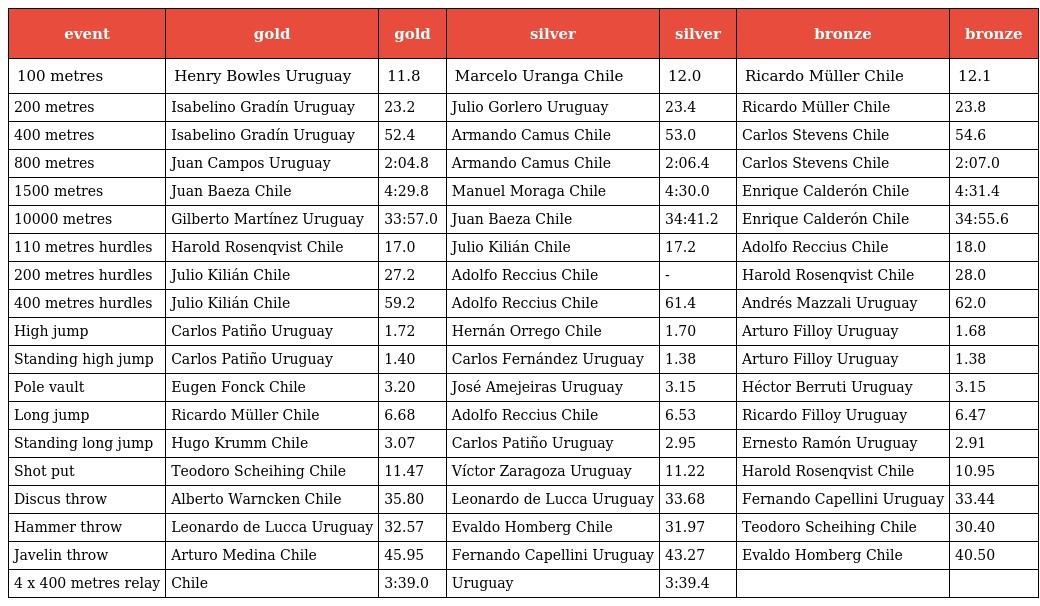
| event | gold | gold | silver | silver | bronze | bronze |
 | --- | --- | --- | --- | --- | --- | --- |
 | 100 metres | Henry Bowles Uruguay | 11.8 | Marcelo Uranga Chile | 12.0 | Ricardo Müller Chile | 12.1 |
 | 200 metres | Isabelino Gradín Uruguay | 23.2 | Julio Gorlero Uruguay | 23.4 | Ricardo Müller Chile | 23.8 |
 | 400 metres | Isabelino Gradín Uruguay | 52.4 | Armando Camus Chile | 53.0 | Carlos Stevens Chile | 54.6 |
 | 800 metres | Juan Campos Uruguay | 2:04.8 | Armando Camus Chile | 2:06.4 | Carlos Stevens Chile | 2:07.0 |
 | 1500 metres | Juan Baeza Chile | 4:29.8 | Manuel Moraga Chile | 4:30.0 | Enrique Calderón Chile | 4:31.4 |
 | 10000 metres | Gilberto Martínez Uruguay | 33:57.0 | Juan Baeza Chile | 34:41.2 | Enrique Calderón Chile | 34:55.6 |
 | 110 metres hurdles | Harold Rosenqvist Chile | 17.0 | Julio Kilián Chile | 17.2 | Adolfo Reccius Chile | 18.0 |
 | 200 metres hurdles | Julio Kilián Chile | 27.2 | Adolfo Reccius Chile | - | Harold Rosenqvist Chile | 28.0 |
 | 400 metres hurdles | Julio Kilián Chile | 59.2 | Adolfo Reccius Chile | 61.4 | Andrés Mazzali Uruguay | 62.0 |
 | High jump | Carlos Patiño Uruguay | 1.72 | Hernán Orrego Chile | 1.70 | Arturo Filloy Uruguay | 1.68 |
 | Standing high jump | Carlos Patiño Uruguay | 1.40 | Carlos Fernández Uruguay | 1.38 | Arturo Filloy Uruguay | 1.38 |
 | Pole vault | Eugen Fonck Chile | 3.20 | José Amejeiras Uruguay | 3.15 | Héctor Berruti Uruguay | 3.15 |
 | Long jump | Ricardo Müller Chile | 6.68 | Adolfo Reccius Chile | 6.53 | Ricardo Filloy Uruguay | 6.47 |
 | Standing long jump | Hugo Krumm Chile | 3.07 | Carlos Patiño Uruguay | 2.95 | Ernesto Ramón Uruguay | 2.91 |
 | Shot put | Teodoro Scheihing Chile | 11.47 | Víctor Zaragoza Uruguay | 11.22 | Harold Rosenqvist Chile | 10.95 |
 | Discus throw | Alberto Warncken Chile | 35.80 | Leonardo de Lucca Uruguay | 33.68 | Fernando Capellini Uruguay | 33.44 |
 | Hammer throw | Leonardo de Lucca Uruguay | 32.57 | Evaldo Homberg Chile | 31.97 | Teodoro Scheihing Chile | 30.40 |
 | Javelin throw | Arturo Medina Chile | 45.95 | Fernando Capellini Uruguay | 43.27 | Evaldo Homberg Chile | 40.50 |
 | 4 x 400 metres relay | Chile | 3:39.0 | Uruguay | 3:39.4 |  |  |